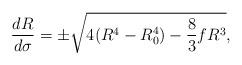
LaTeX: \begin{align*}\frac{dR}{d\sigma} = \pm \sqrt{4(R^4 - R_0^4) - \frac{8}{3}fR^3},\end{align*}